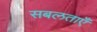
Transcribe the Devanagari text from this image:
सबलताएँ